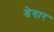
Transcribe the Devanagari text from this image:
डेबार